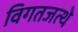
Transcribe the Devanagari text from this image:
विगतजत्थे